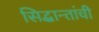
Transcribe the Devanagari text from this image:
सिद्धान्तांची